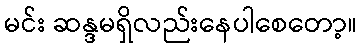
မင်း ဆန္ဒမရှိလည်းနေပါစေတော့။